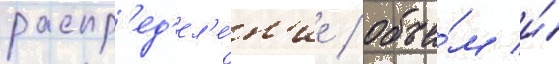
распр'ед'ел'е́н'ие / объе́м и́